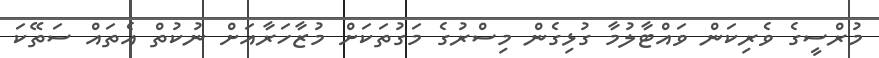
މުރްސީގެ ވެރިކަން ވައްޓާލުމާ ގުޅިގެން މިސްރުގެ މަގުތަކަށް މުޒާހަރާއަށް ނުކުތް އެތައް ސަތޭކަ